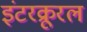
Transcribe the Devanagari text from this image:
इंटरक्रूरल